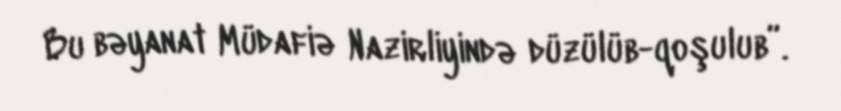
Bu bəyanat Müdafiə Nazirliyində düzülüb-qoşulub”.